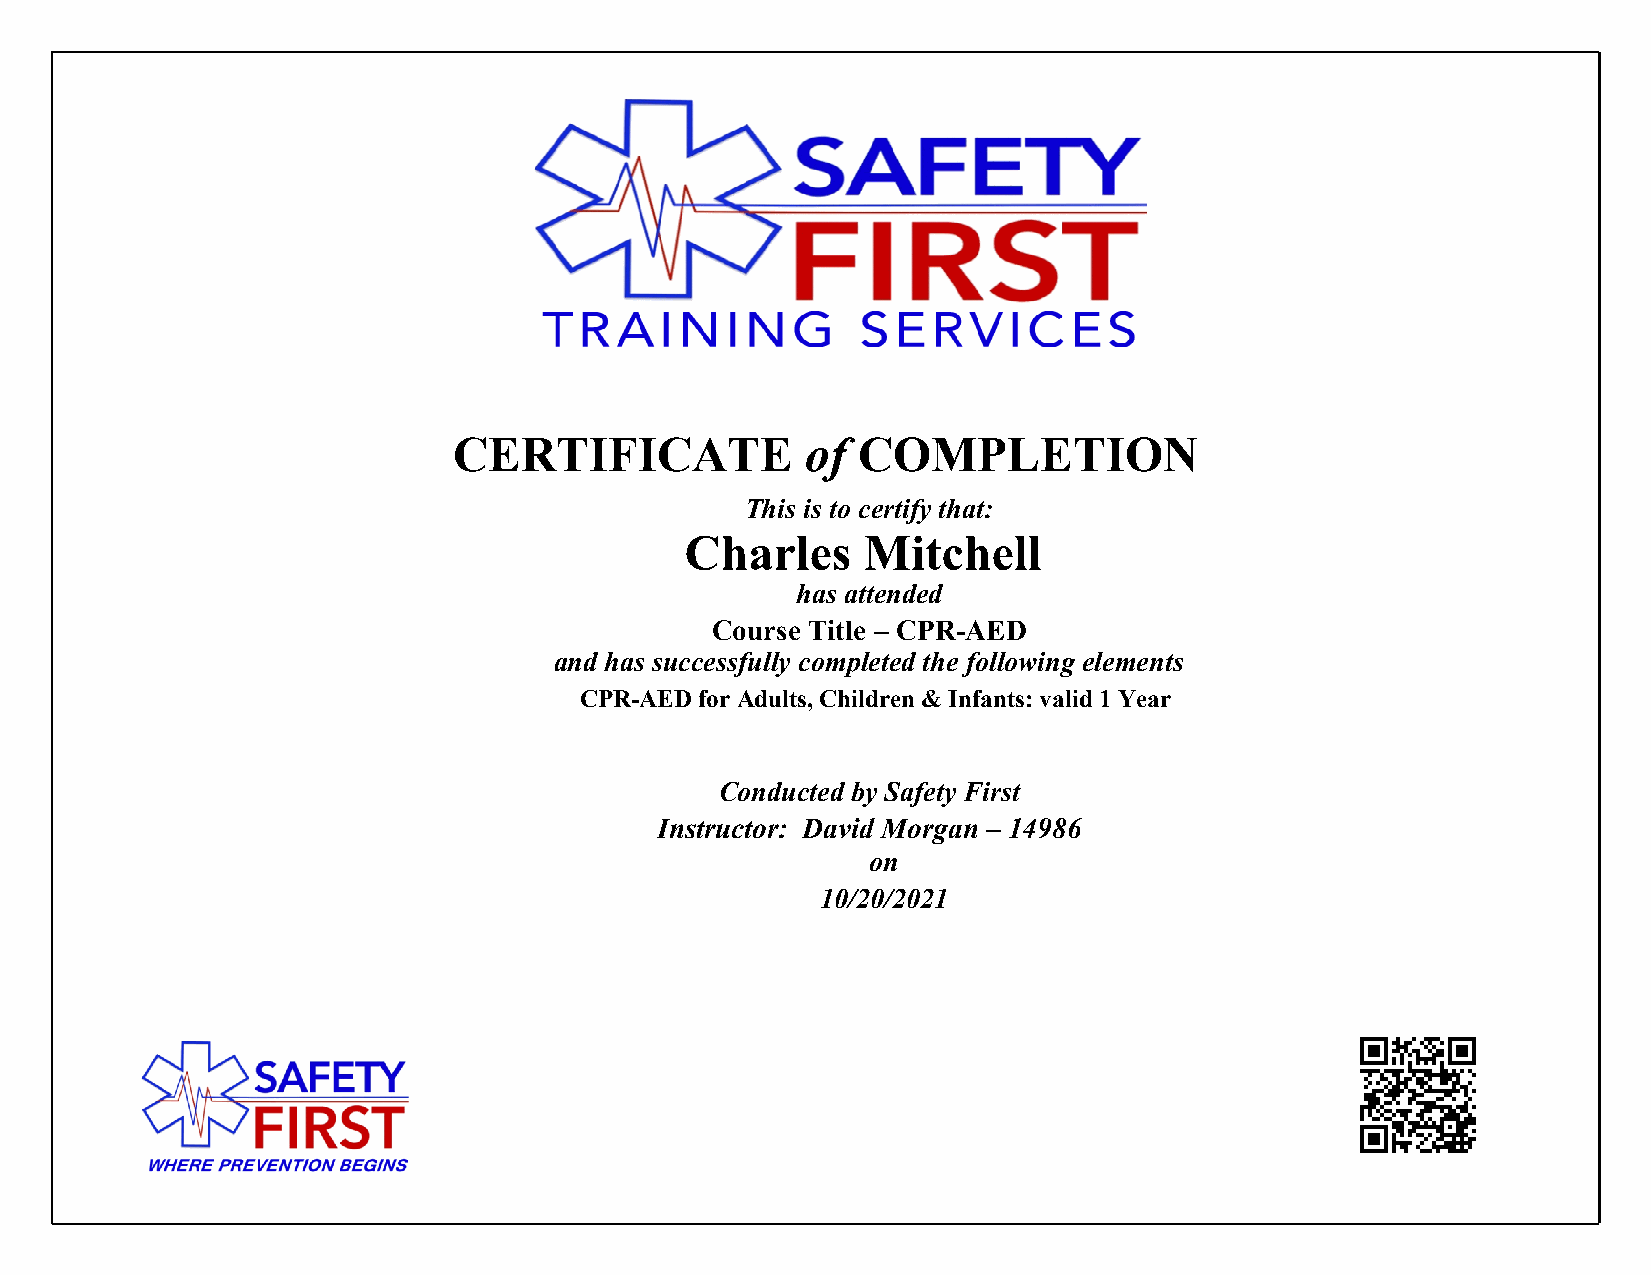
CERTIFICATE            of  COMPLETION
 This is to certify that:
 Charles     Mitchell
 has attended
 Course Title – CPR-AED
 and has successfully completed the following elements
 CPR-AED for Adults, Children & Infants: valid 1 Year
 Conducted by Safety First
 Instructor: David Morgan – 14986
 on
 10/20/2021